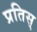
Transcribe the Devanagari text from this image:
प्रतिस्